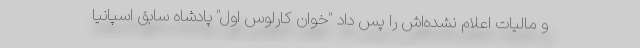
و مالیات اعلام نشده‌اش را پس داد "خوان کارلوس اول" پادشاه سابق اسپانیا